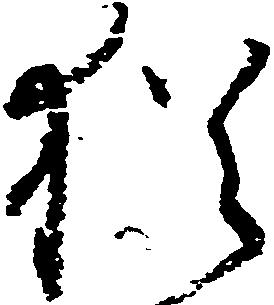
猶